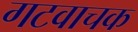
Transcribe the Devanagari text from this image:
गटवाचक